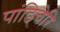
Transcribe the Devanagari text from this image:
पांडिचेरि